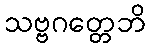
သဗ္ဗဂတ္တေဘိ